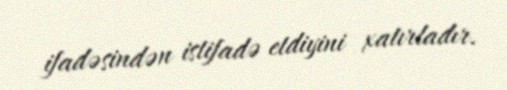
ifadəsindən istifadə etdiyini xatırladır.